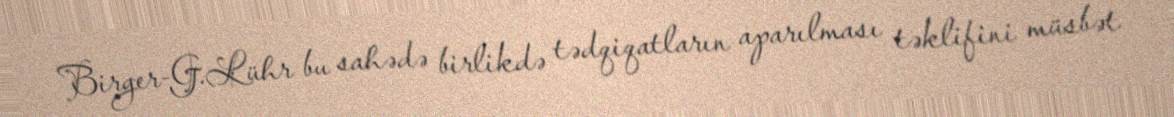
Birger-G.Lühr bu sahədə birlikdə tədqiqatların aparılması təklifini müsbət